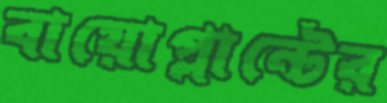
বায়োপ্লান্টের